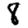
Digit: 8